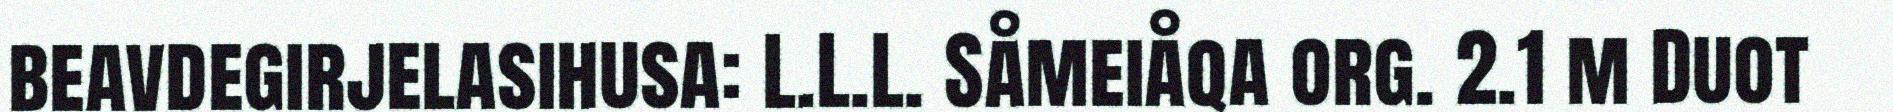
beavdegirjelasihusa: L.L.L. Såmeiåqa org. 2.1 m Duot